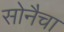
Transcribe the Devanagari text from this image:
सोनैचा